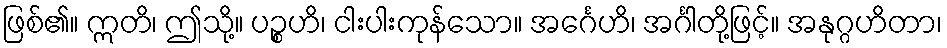
ဖြစ်၏။ ဣတိ၊ ဤသို့။ ပဉ္စဟိ၊ ငါးပါးကုန်သော။ အင်္ဂေဟိ၊ အင်္ဂါတို့ဖြင့်။ အနုဂ္ဂဟိတာ၊